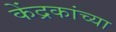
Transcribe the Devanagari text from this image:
केंद्रकांच्या